画像に写った文字を読んでください
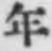
「年」と書いてあります